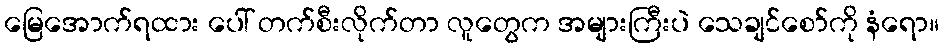
မြေအောက်ရထား ပေါ် တက်စီးလိုက်တာ လူတွေက အများကြီးပဲ သေချင်စော်ကို နံရော။